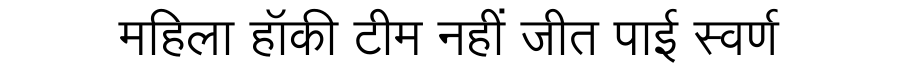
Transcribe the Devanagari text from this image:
महिला हॉकी टीम नहीं जीत पाई स्वर्ण